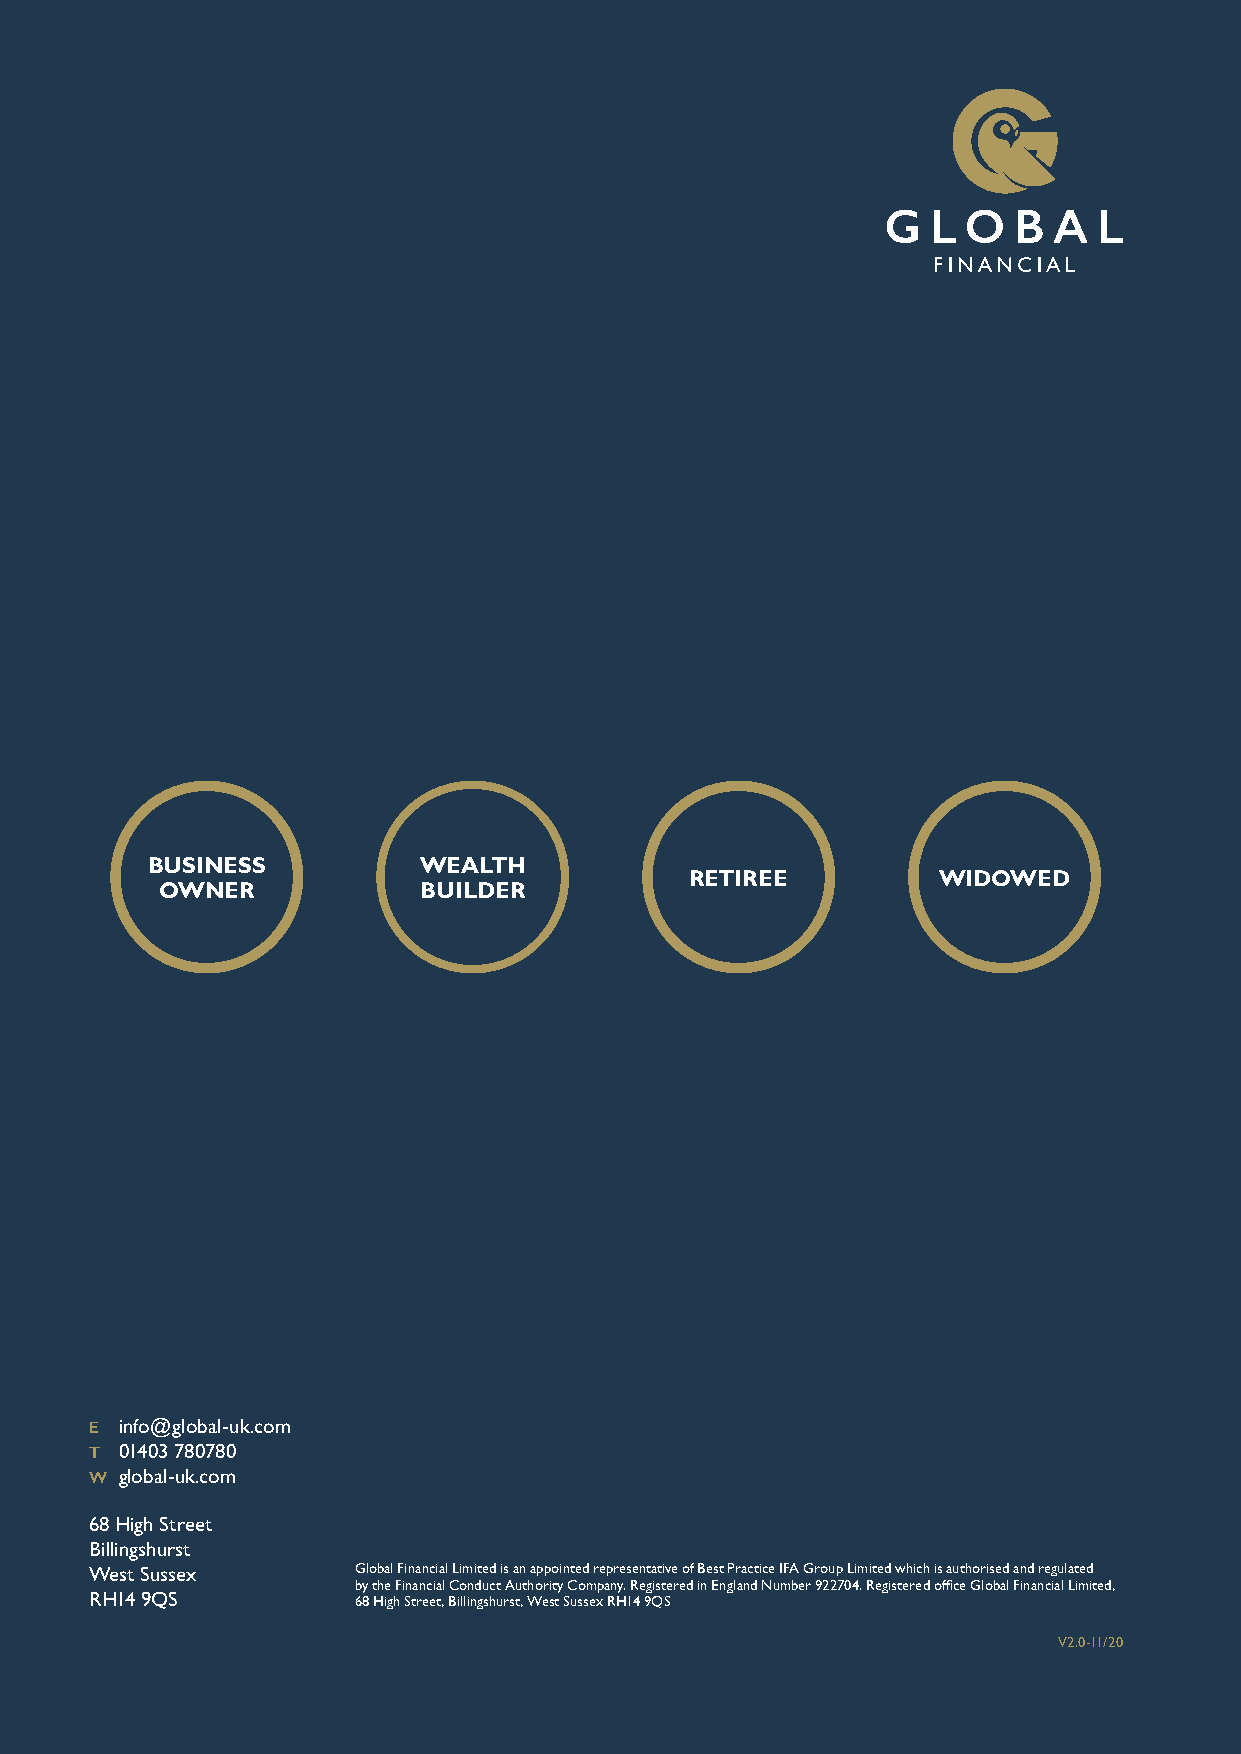
BUSINESS          WEALTH
 RETIREE         WIDOWED
 OWNER            BUILDER
 E info@global-uk.com
 T 01403 780780
 W global-uk.com
 68 High Street
 Billingshurst
 West Sussex      Global Financial Limited is an appointed representative of Best Practice IFA Group Limited which is authorised and regulated
 by the Financial Conduct A uthority Company. Registered in England Number 922704. Registered office Global Financial Limited,
 RH14 9QS         68 High Street, Billingshurst, West Sussex RH14 9QS
 V2.0-11/20
 12                                                       SERVICE CHARTER